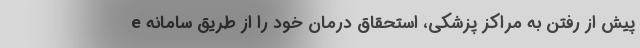
پیش از رفتن به مراکز پزشکی، استحقاق درمان خود را از طریق سامانه e